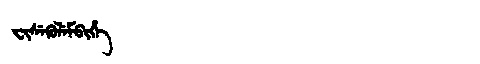
Manchu: ᠸᡳᠰᡝᡴᡠᠯᡝᠮᠪᡳᡥᡝ
Romanization: FISEKULEMBIHE